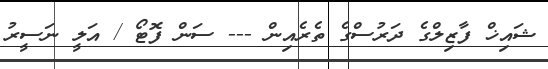
ޝައިޚް ފާޒިލްގެ ދަރުސްގެ ތެރެއިން --- ސަން ފޮޓޯ / އަލީ ނަސީރު